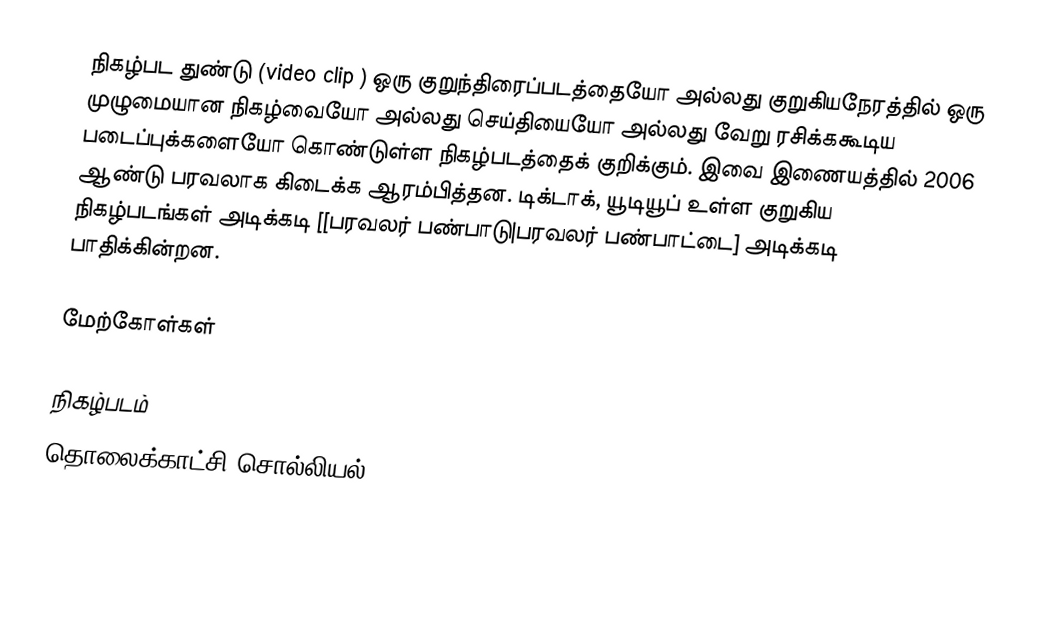
நிகழ்பட துண்டு (video clip ) ஒரு குறுந்திரைப்படத்தையோ அல்லது குறுகியநேரத்தில் ஒரு முழுமையான நிகழ்வையோ அல்லது செய்தியையோ அல்லது வேறு ரசிக்ககூடிய படைப்புக்களையோ கொண்டுள்ள நிகழ்படத்தைக் குறிக்கும். இவை இணையத்தில் 2006 ஆண்டு பரவலாக கிடைக்க ஆரம்பித்தன. டிக்டாக், யூடியூப்  உள்ள குறுகிய நிகழ்படங்கள் அடிக்கடி [[பரவலர் பண்பாடு|பரவலர் பண்பாட்டை] அடிக்கடி பாதிக்கின்றன.

மேற்கோள்கள்

நிகழ்படம்
தொலைக்காட்சி சொல்லியல்